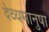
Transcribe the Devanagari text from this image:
देव्यमानुषा